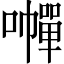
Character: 𡃐